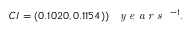
C I = ( 0 . 1 0 2 0 , 0 . 1 1 5 4 ) ) \; \textrm { \textit { y e a r s } } ^ { - 1 } .